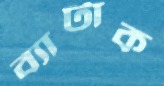
ব্যাটাক